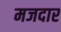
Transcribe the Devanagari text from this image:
मजदार